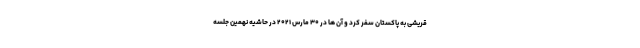
قریشی به پاکستان سفر کرد و آن ها در ۳۰ مارس ۲۰۲۱ در حاشیه نهمین جلسه